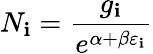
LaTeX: N_{\mathbf{i}}={\frac{{g_{\mathbf{i}}}}{{e^{\alpha+\beta\varepsilon_{\mathbf{i}}}}}}